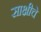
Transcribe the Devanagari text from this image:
साक्षीचे